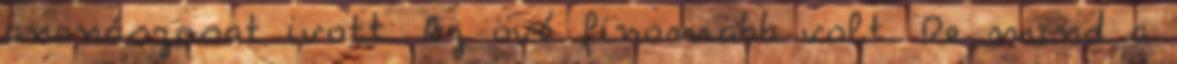
ananászosat ivott. Az övé finomabb volt. De mind a